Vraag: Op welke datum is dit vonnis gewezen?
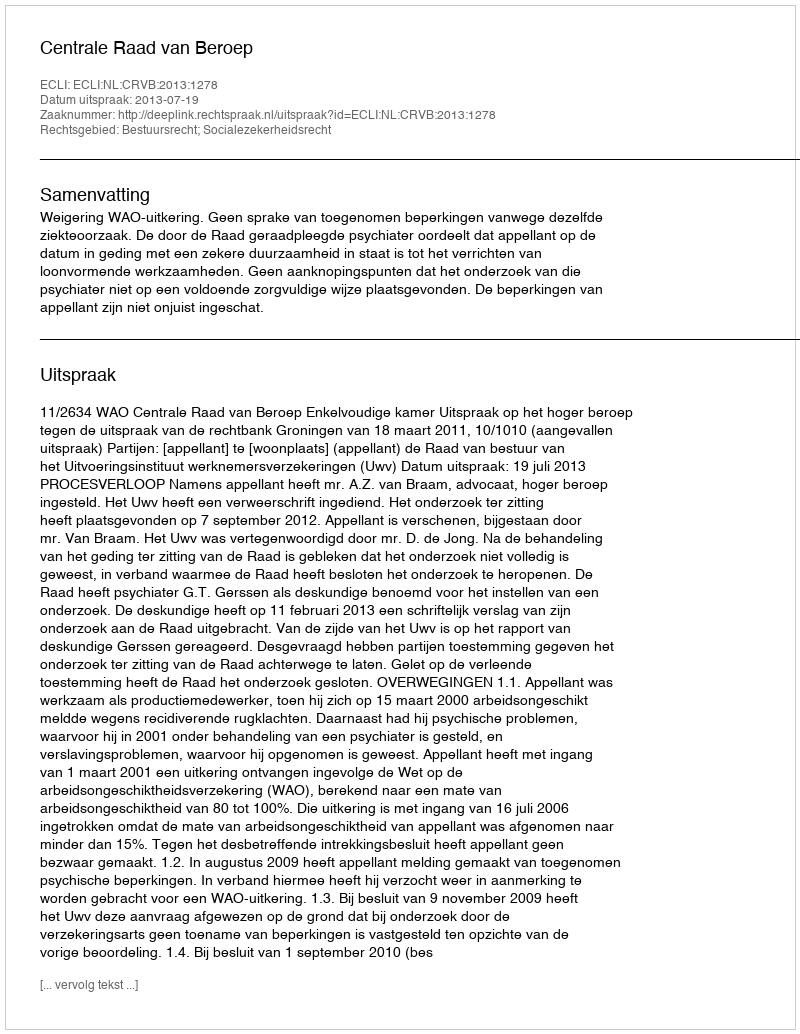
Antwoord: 2013-07-19